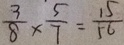
\frac { 3 } { 8 } \times \frac { 5 } { 7 } = \frac { 1 5 } { 5 6 }